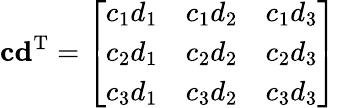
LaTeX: \mathbf{c}\mathbf{d}^{\mathrm{T}}={\left[\begin{array}{lll}{c_{1}d_{1}}&{c_{1}d_{2}}&{c_{1}d_{3}}\\ {c_{2}d_{1}}&{c_{2}d_{2}}&{c_{2}d_{3}}\\ {c_{3}d_{1}}&{c_{3}d_{2}}&{c_{3}d_{3}}\end{array}\right]}